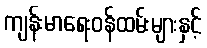
ကျန်းမာရေးဝန်ထမ်းများနှင့်